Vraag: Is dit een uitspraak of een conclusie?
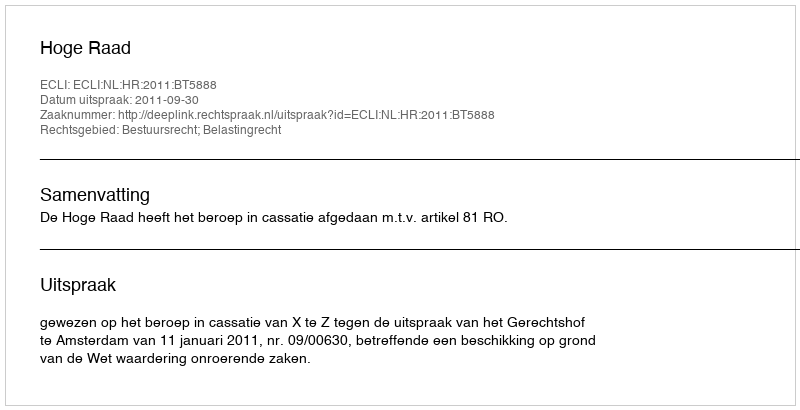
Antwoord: Uitspraak